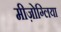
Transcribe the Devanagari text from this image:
मीज़ोग्लिया